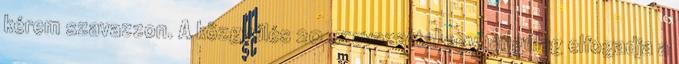
kérem szavazzon. A közgyűlés 20 szavazattal egyhangúlag elfogadja a